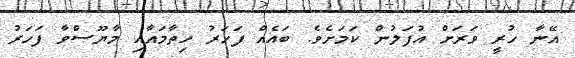
އޭނާ ހުރީ ވަރަށް އުފަލުން ކަމަށެވެ. ބައެއް ފަހަރު ހިތާމައާއި މާޔޫސްވާ ފަހަރު